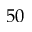
5 0